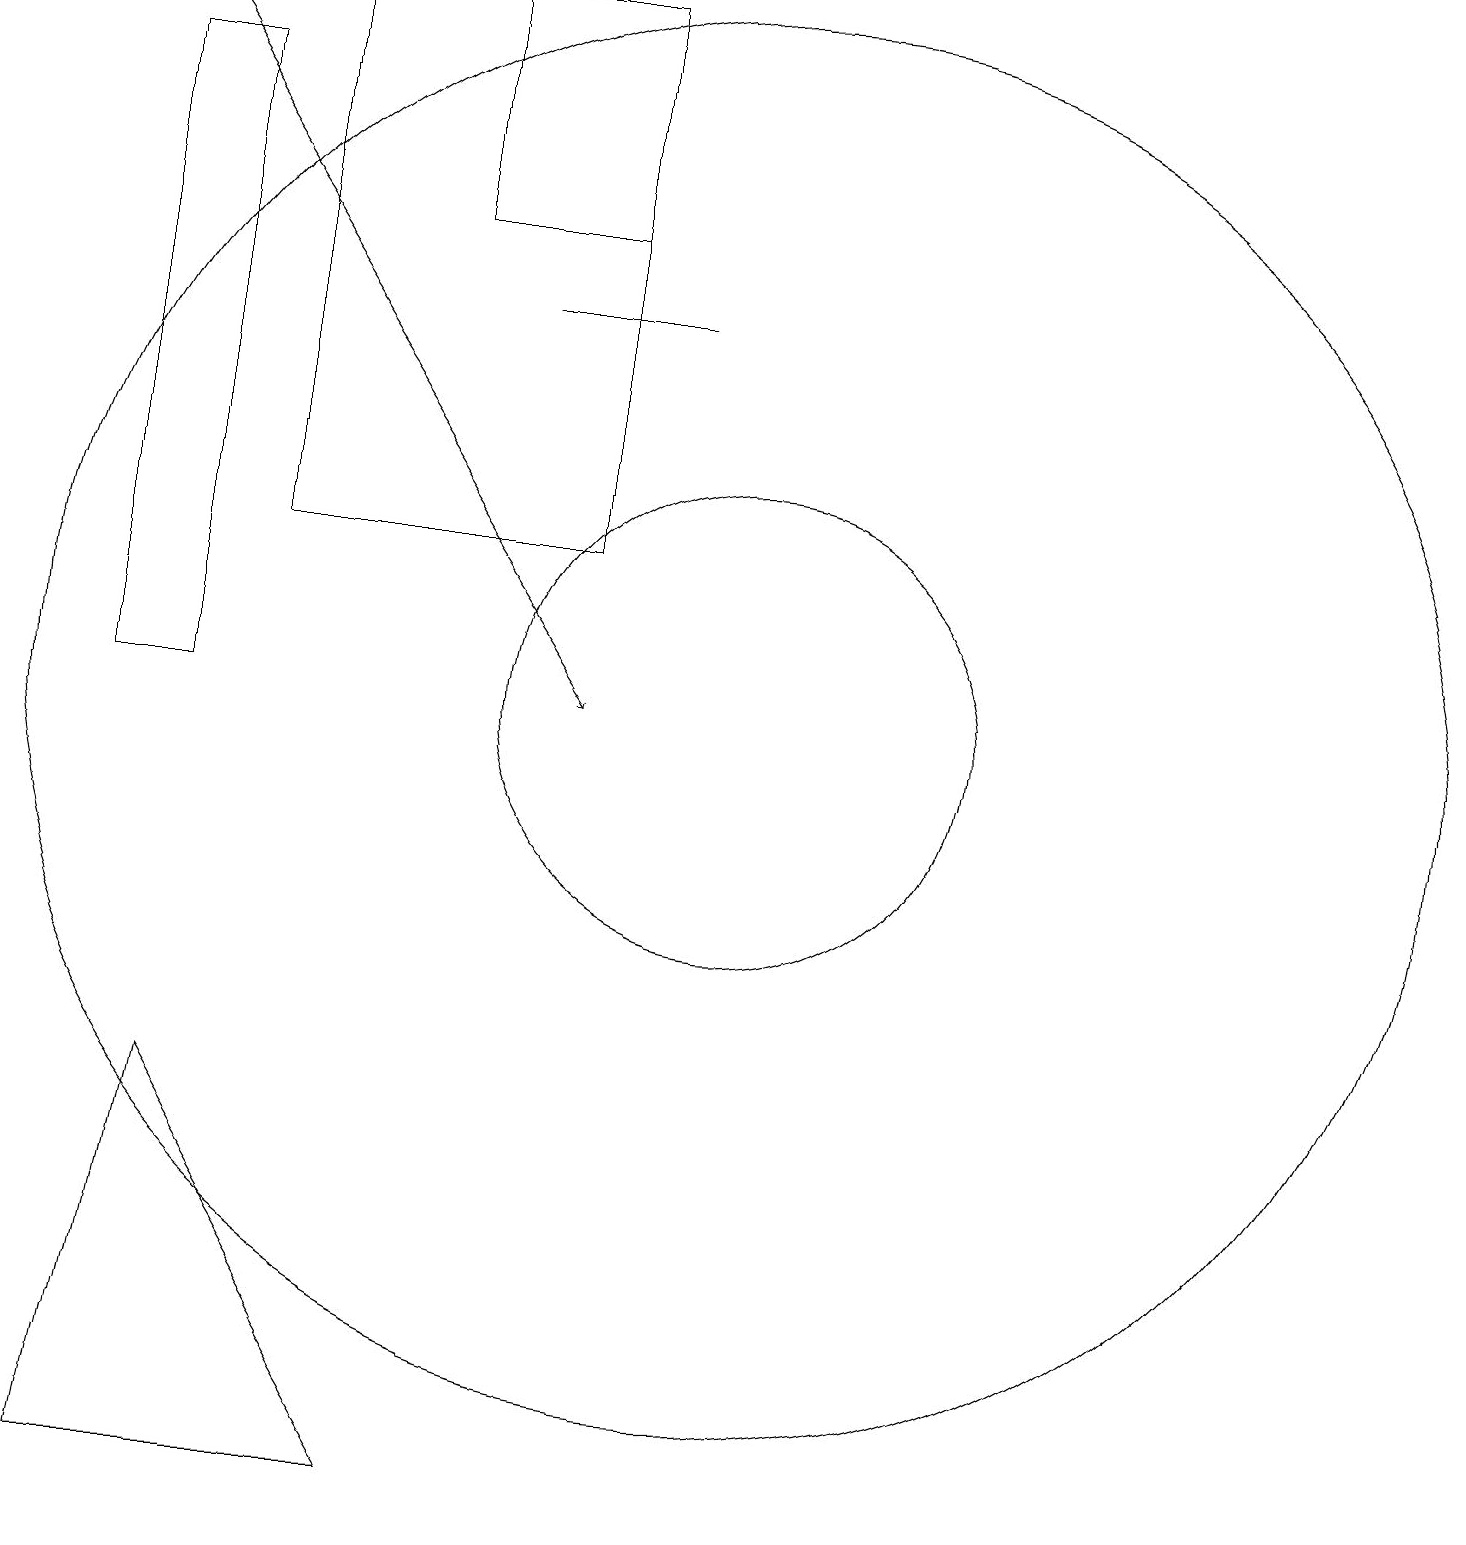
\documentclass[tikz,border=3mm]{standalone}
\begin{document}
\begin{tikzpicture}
\draw[->] (2,19) -- (8,10);
\draw (10,10) circle (9);
\draw (8,19) rectangle (4,12);
\draw (7,15) rectangle (9,15);
\draw (6,19) rectangle (8,16);
\draw (3,18) rectangle (2,10);
\draw (2,0) -- (6,0) -- (3,5) -- cycle;
\draw (10,10) circle (3);
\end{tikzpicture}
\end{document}